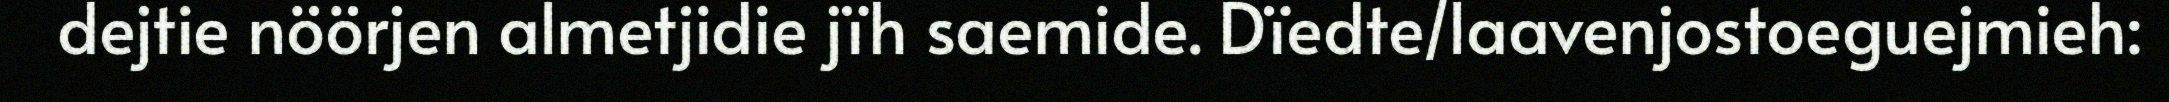
dejtie nöörjen almetjidie jïh saemide. Dïedte/laavenjostoeguejmieh: